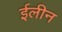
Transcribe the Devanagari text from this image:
ईलीन